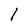
Character: 1